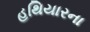
હથિયારના